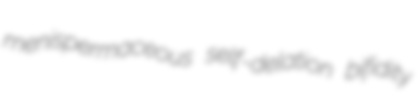
menispermaceous self-delation bifidity